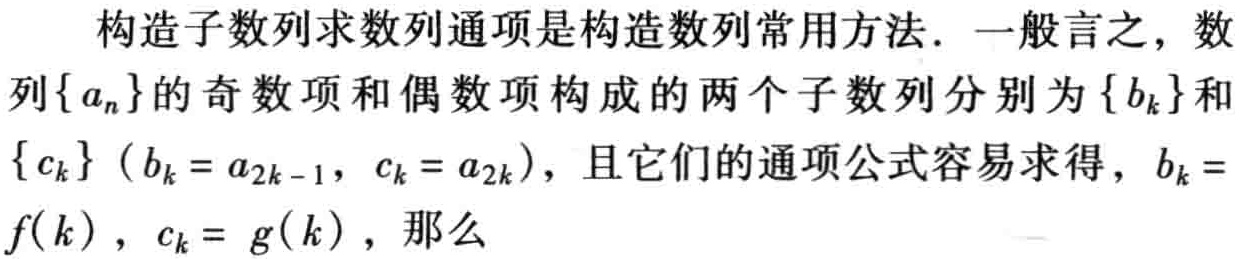
构造子数列求数列通项是构造数列常用方法. 一般言之，数列\(\{a_{n}\}\)的奇数项和偶数项构成的两个子数列分别为\(\{b_{k}\}\)和\(\{c_{k}\}\)（\(b_{k}=a_{2k - 1}\)，\(c_{k}=a_{2k}\)），且它们的通项公式容易求得，\(b_{k}=f(k)\)，\(c_{k}= g(k)\)，那么